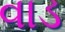
વાડ